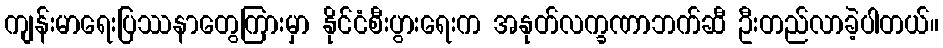
ကျန်းမာရေးပြဿနာတွေကြားမှာ နိုင်ငံစီးပွားရေးက အနုတ်လက္ခဏာဘက်ဆီ ဦးတည်လာခဲ့ပါတယ်။